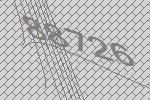
88726